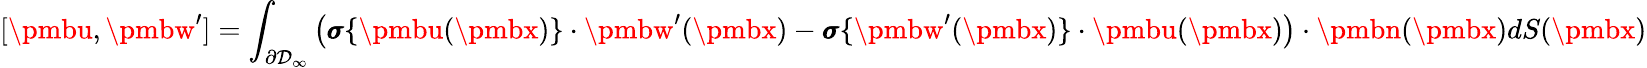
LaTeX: [{\pmbu},{\pmbw}^{\prime}]=\int_{\partial\mathcal{D}_{\infty}}\left({\pmb\sigma}\{ {\pmbu}({\pmbx})\} \cdot{\pmbw}^{\prime}({\pmbx})-{\pmb\sigma}\{ {\pmbw}^{\prime}({\pmbx})\} \cdot{\pmbu}({\pmbx})\right)\cdot{\pmbn}({\pmbx})dS({\pmbx})